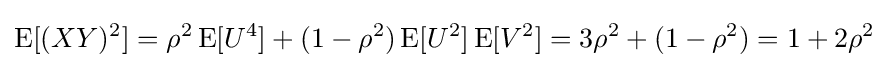
\operatorname {E} [(XY)^{2}]=\rho ^{2}\operatorname {E} [U^{4}]+(1-\rho ^{2})\operatorname {E} [U^{2}]\operatorname {E} [V^{2}]=3\rho ^{2}+(1-\rho ^{2})=1+2\rho ^{2}